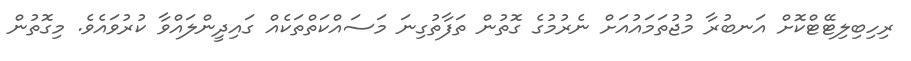
ރިހިބިލިޓޭޓްކޮށް އަނބުރާ މުޖުތަމައުއަށް ނެރުމުގެ ގޮތުން ތަފާތުގިނަ މަސައްކަތްތަކެއް ގައިދީންލައްވާ ކުރުވައެވެ. މިގޮތުން